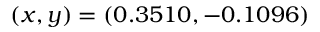
( x , y ) = ( 0 . 3 5 1 0 , - 0 . 1 0 9 6 )